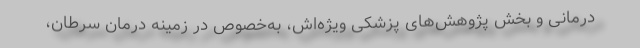
درمانی و بخش پژوهش‌های پزشکی ویژه‌اش، به‌خصوص در زمینه درمان سرطان،